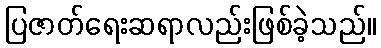
ပြဇာတ်ရေးဆရာလည်းဖြစ်ခဲ့သည်။